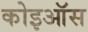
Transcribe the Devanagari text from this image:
कोइऑस